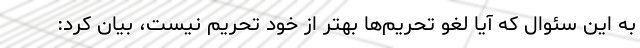
به این سئوال که آیا لغو تحریم‌ها بهتر از خود تحریم نیست، بیان کرد: